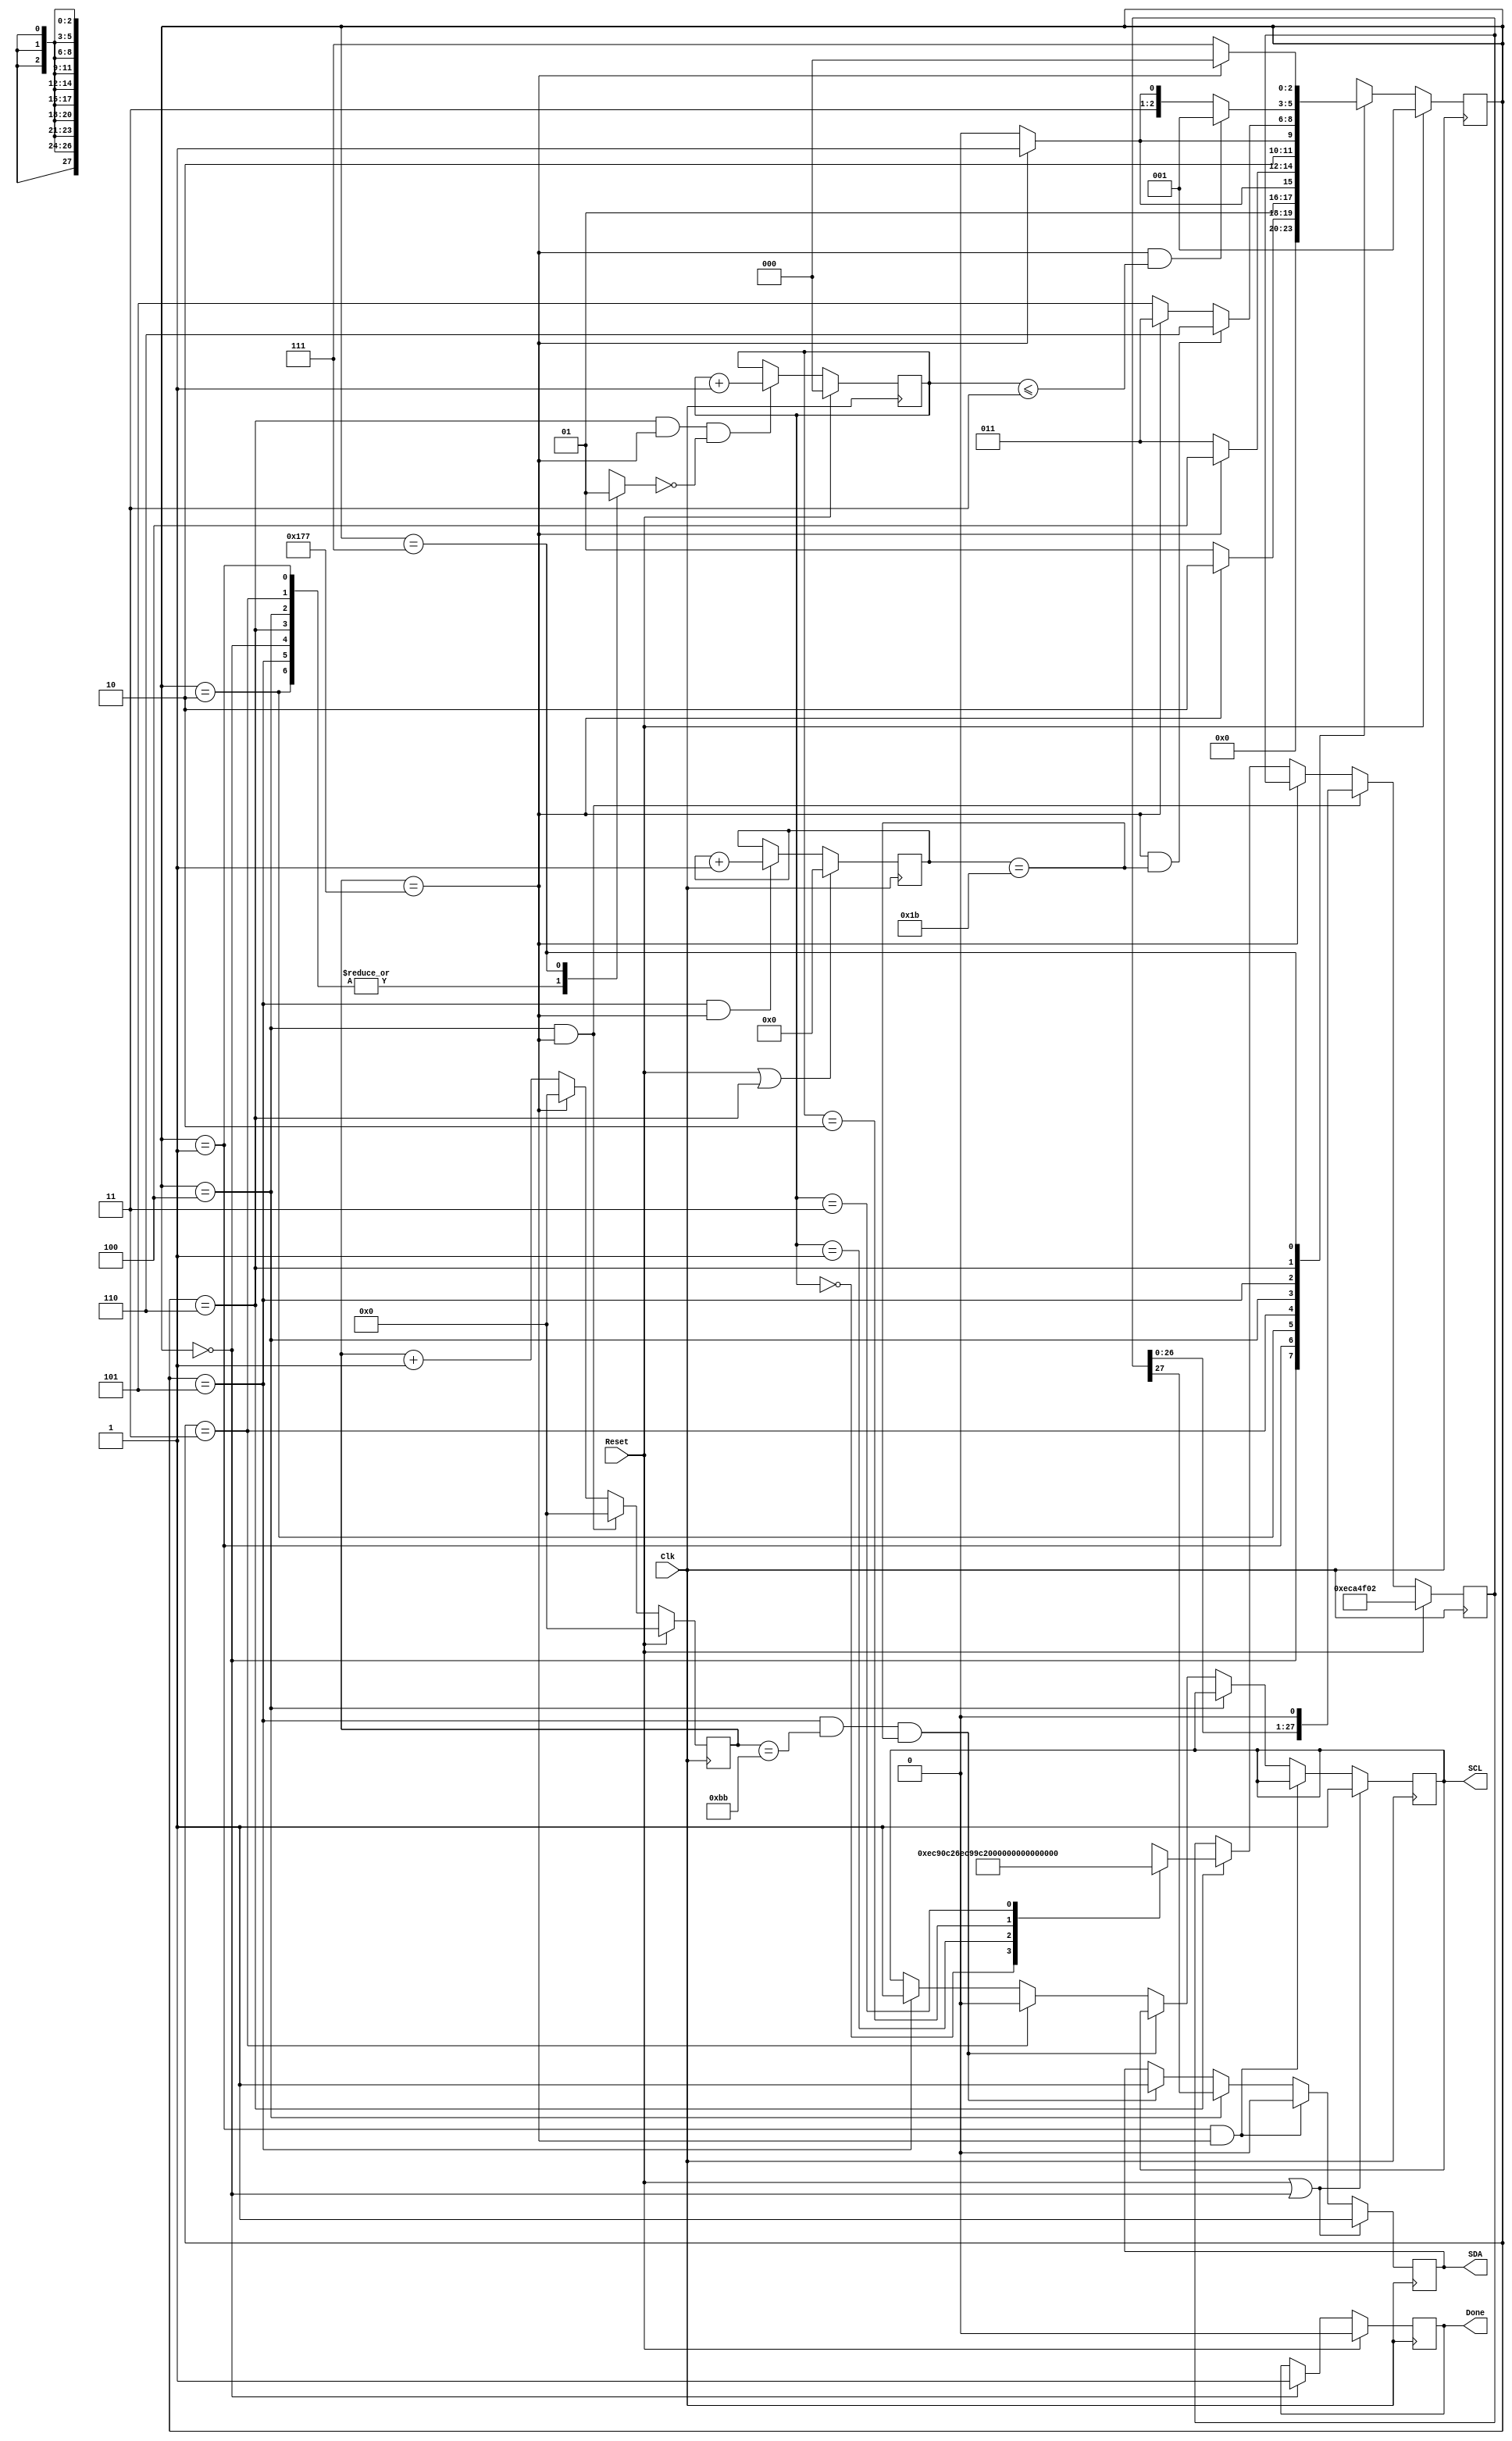

module iic_init( 
  Clk,                          // Clock input
  Reset,                        // Reset input
  SDA,                          // I2C data
  SCL,                          // I2C clock
  Done                          // I2C configuration done
  );

parameter CLK_RATE_MHZ = 25,  
          SCK_PERIOD_US = 30, 
          TRANSITION_CYCLE = (CLK_RATE_MHZ * SCK_PERIOD_US) / 2,
          TRANSITION_CYCLE_MSB = 11;  

input          Clk;
input          Reset;
output         SDA;
output         SCL;
output         Done;

  
          
localparam    IDLE           = 3'd0,
              INIT           = 3'd1,
              START          = 3'd2,
              CLK_FALL       = 3'd3,
              SETUP          = 3'd4,
              CLK_RISE       = 3'd5,
              WAIT_IIC       = 3'd6,
              XFER_DONE      = 3'd7,
              START_BIT      = 1'b1,
              ACK            = 1'b1,
              WRITE          = 1'b0,
              REG_ADDR0      = 8'h49,
              REG_ADDR1      = 8'h21,
              REG_ADDR2      = 8'h33,
              REG_ADDR3      = 8'h34,
              REG_ADDR4      = 8'h36,
              DATA0          = 8'hC0,
              DATA1          = 8'h09,
              DATA2a         = 8'h06,
              DATA3a         = 8'h26,
              DATA4a         = 8'hA0,
              DATA2b         = 8'h08,
              DATA3b         = 8'h16,
              DATA4b         = 8'h60,
              STOP_BIT       = 1'b0,            
              SDA_BUFFER_MSB = 27; 
          
wire [6:0]    SLAVE_ADDR = 7'b1110110;
          

reg                          SDA_out; 
reg                          SCL_out;  
reg [TRANSITION_CYCLE_MSB:0] cycle_count;
reg [2:0]                    c_state;
reg [2:0]                    n_state;
reg                          Done;   
reg [2:0]                    write_count;
reg [31:0]                   bit_count;
reg [SDA_BUFFER_MSB:0]       SDA_BUFFER;
wire                         transition; 
reg                          IIC_xfer_done;


// Generate I2C clock and data 
always @ (posedge Clk) 
begin : I2C_CLK_DATA
    if (Reset || c_state == IDLE )
      begin
        SDA_out <= 1'b1;
        SCL_out <= 1'b1;
      end
    else if (c_state == INIT && transition) 
      begin 
        SDA_out <= 1'b0;
      end
    else if (c_state == SETUP) 
      begin
        SDA_out <= SDA_BUFFER[SDA_BUFFER_MSB];
      end
    else if (c_state == CLK_RISE && cycle_count == TRANSITION_CYCLE/2 
                                 && bit_count == SDA_BUFFER_MSB) 
      begin
        SDA_out <= 1'b1;
      end
    else if (c_state == CLK_FALL) 
      begin
        SCL_out <= 1'b0;
      end
    
    else if (c_state == CLK_RISE) 
      begin
        SCL_out <= 1'b1;
      end
end

assign SDA = SDA_out;
assign SCL = SCL_out;
                        

// Fill the SDA buffer 
always @ (posedge Clk) 
begin : SDA_BUF
    //reset or end condition
    if(Reset) 
      begin
        SDA_BUFFER  <= {SLAVE_ADDR,WRITE,ACK,REG_ADDR0,ACK,DATA0,ACK,STOP_BIT};
        cycle_count <= 0;
      end
    //setup sda for sck rise
    else if ( c_state==SETUP && cycle_count==TRANSITION_CYCLE)
      begin
        SDA_BUFFER <= {SDA_BUFFER[SDA_BUFFER_MSB-1:0],1'b0};
        cycle_count <= 0; 
      end
    //reset count at end of state
    else if ( cycle_count==TRANSITION_CYCLE)
       cycle_count <= 0; 
    //reset sda_buffer   
    else if (c_state==WAIT_IIC )
      begin
        case(write_count)
          0:SDA_BUFFER <= {SLAVE_ADDR,WRITE,ACK,REG_ADDR1,ACK,DATA1, 
                                                          ACK,STOP_BIT};
          1:SDA_BUFFER <= {SLAVE_ADDR,WRITE,ACK,REG_ADDR2,ACK,DATA2b,
                                                          ACK,STOP_BIT};
          2:SDA_BUFFER <= {SLAVE_ADDR,WRITE,ACK,REG_ADDR3,ACK,DATA3b,
                                                          ACK,STOP_BIT};
          3:SDA_BUFFER <= {SLAVE_ADDR,WRITE,ACK,REG_ADDR4,ACK,DATA4b,
                                                          ACK,STOP_BIT};
        default: SDA_BUFFER <=28'dx;
        endcase 
        cycle_count <= cycle_count+1;
      end
    else
      cycle_count <= cycle_count+1;
end


// Generate write_count signal
always @ (posedge Clk)
begin : GEN_WRITE_CNT
 if(Reset)
   write_count<=3'd0;
 else if (c_state == WAIT_IIC && cycle_count == TRANSITION_CYCLE && IIC_xfer_done==1'b0 )
   write_count <= write_count+1;
end    

// Transaction done signal                        
always @ (posedge Clk) 
begin : TRANS_DONE
    if(Reset)
      Done <= 1'b0;
    else if (c_state == IDLE)
      Done <= 1'b1;
end
 
       
// Generate bit_count signal
always @ (posedge Clk) 
begin : BIT_CNT
    if(Reset || (c_state == WAIT_IIC)) 
       bit_count <= 0;
    else if ( c_state == CLK_RISE && cycle_count == TRANSITION_CYCLE)
       bit_count <= bit_count+1;
end    

// Next state block
always @ (posedge Clk) 
begin : NEXT_STATE
    if(Reset)
       c_state <= INIT;
    else 
       c_state <= n_state;
end    

// generate transition for I2C
assign transition = (cycle_count == TRANSITION_CYCLE); 
              

always @ (Reset, transition, bit_count, write_count, c_state) begin
   case(c_state) 
       //////////////////////////////////////////////////////////////
       //  IDLE STATE
       //////////////////////////////////////////////////////////////
       IDLE: begin
           if(Reset) 
             n_state = INIT;
           else 
             n_state = IDLE;
           IIC_xfer_done = 1'b0;

       end
       //////////////////////////////////////////////////////////////
       //  INIT STATE
       //////////////////////////////////////////////////////////////
       INIT: begin
          if (transition) 
            n_state = START;
          else 
            n_state = INIT;
          IIC_xfer_done = 1'b0;
       end
       //////////////////////////////////////////////////////////////
       //  START STATE
       //////////////////////////////////////////////////////////////
       START: begin
          if( transition) 
            n_state = CLK_FALL;
          else 
            n_state = START;
          IIC_xfer_done = 1'b0;
       end
       //////////////////////////////////////////////////////////////
       //  CLK_FALL STATE
       //////////////////////////////////////////////////////////////
       CLK_FALL: begin
          if( transition) 
            n_state = SETUP;
          else 
            n_state = CLK_FALL;
          IIC_xfer_done = 1'b0;
       end
       //////////////////////////////////////////////////////////////
       //  SETUP STATE
       //////////////////////////////////////////////////////////////
       SETUP: begin
          if( transition) 
            n_state = CLK_RISE;
          else 
            n_state = SETUP;
          IIC_xfer_done = 1'b0;
       end
       //////////////////////////////////////////////////////////////
       //  CLK_RISE STATE
       //////////////////////////////////////////////////////////////
       CLK_RISE: begin
          if( transition && bit_count == SDA_BUFFER_MSB) 
            n_state = WAIT_IIC;
          else if (transition )
            n_state = CLK_FALL;  
          else 
            n_state = CLK_RISE;
          IIC_xfer_done = 1'b0;
       end  
       //////////////////////////////////////////////////////////////
       //  WAIT_IIC STATE
       //////////////////////////////////////////////////////////////
       WAIT_IIC: begin
          IIC_xfer_done = 1'b0;          
          if((transition && write_count <= 3'd3))
            begin
              n_state = INIT;
            end
          else if (transition ) 
            begin
              n_state = XFER_DONE;
            end  
          else 
            begin 
              n_state = WAIT_IIC;
            end  
       end 

       //////////////////////////////////////////////////////////////
       //  XFER_DONE STATE
       //////////////////////////////////////////////////////////////
       XFER_DONE: begin
          IIC_xfer_done = 1'b1;
          if(transition)
              n_state = IDLE;
          else 
              n_state = XFER_DONE;
       end 

       default: n_state = IDLE;

   endcase
end


endmodule